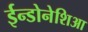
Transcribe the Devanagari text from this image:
ईन्डोनेशिआ